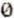
0